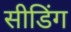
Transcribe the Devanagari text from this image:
सीडिंग